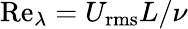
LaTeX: \mathrm{Re}_{\lambda}=U_{\mathrm{rms}}L/\nu